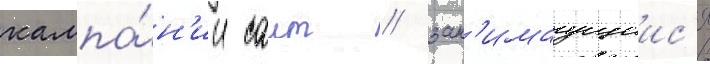
кампа́н'ии саит / зан'имаущиис'я